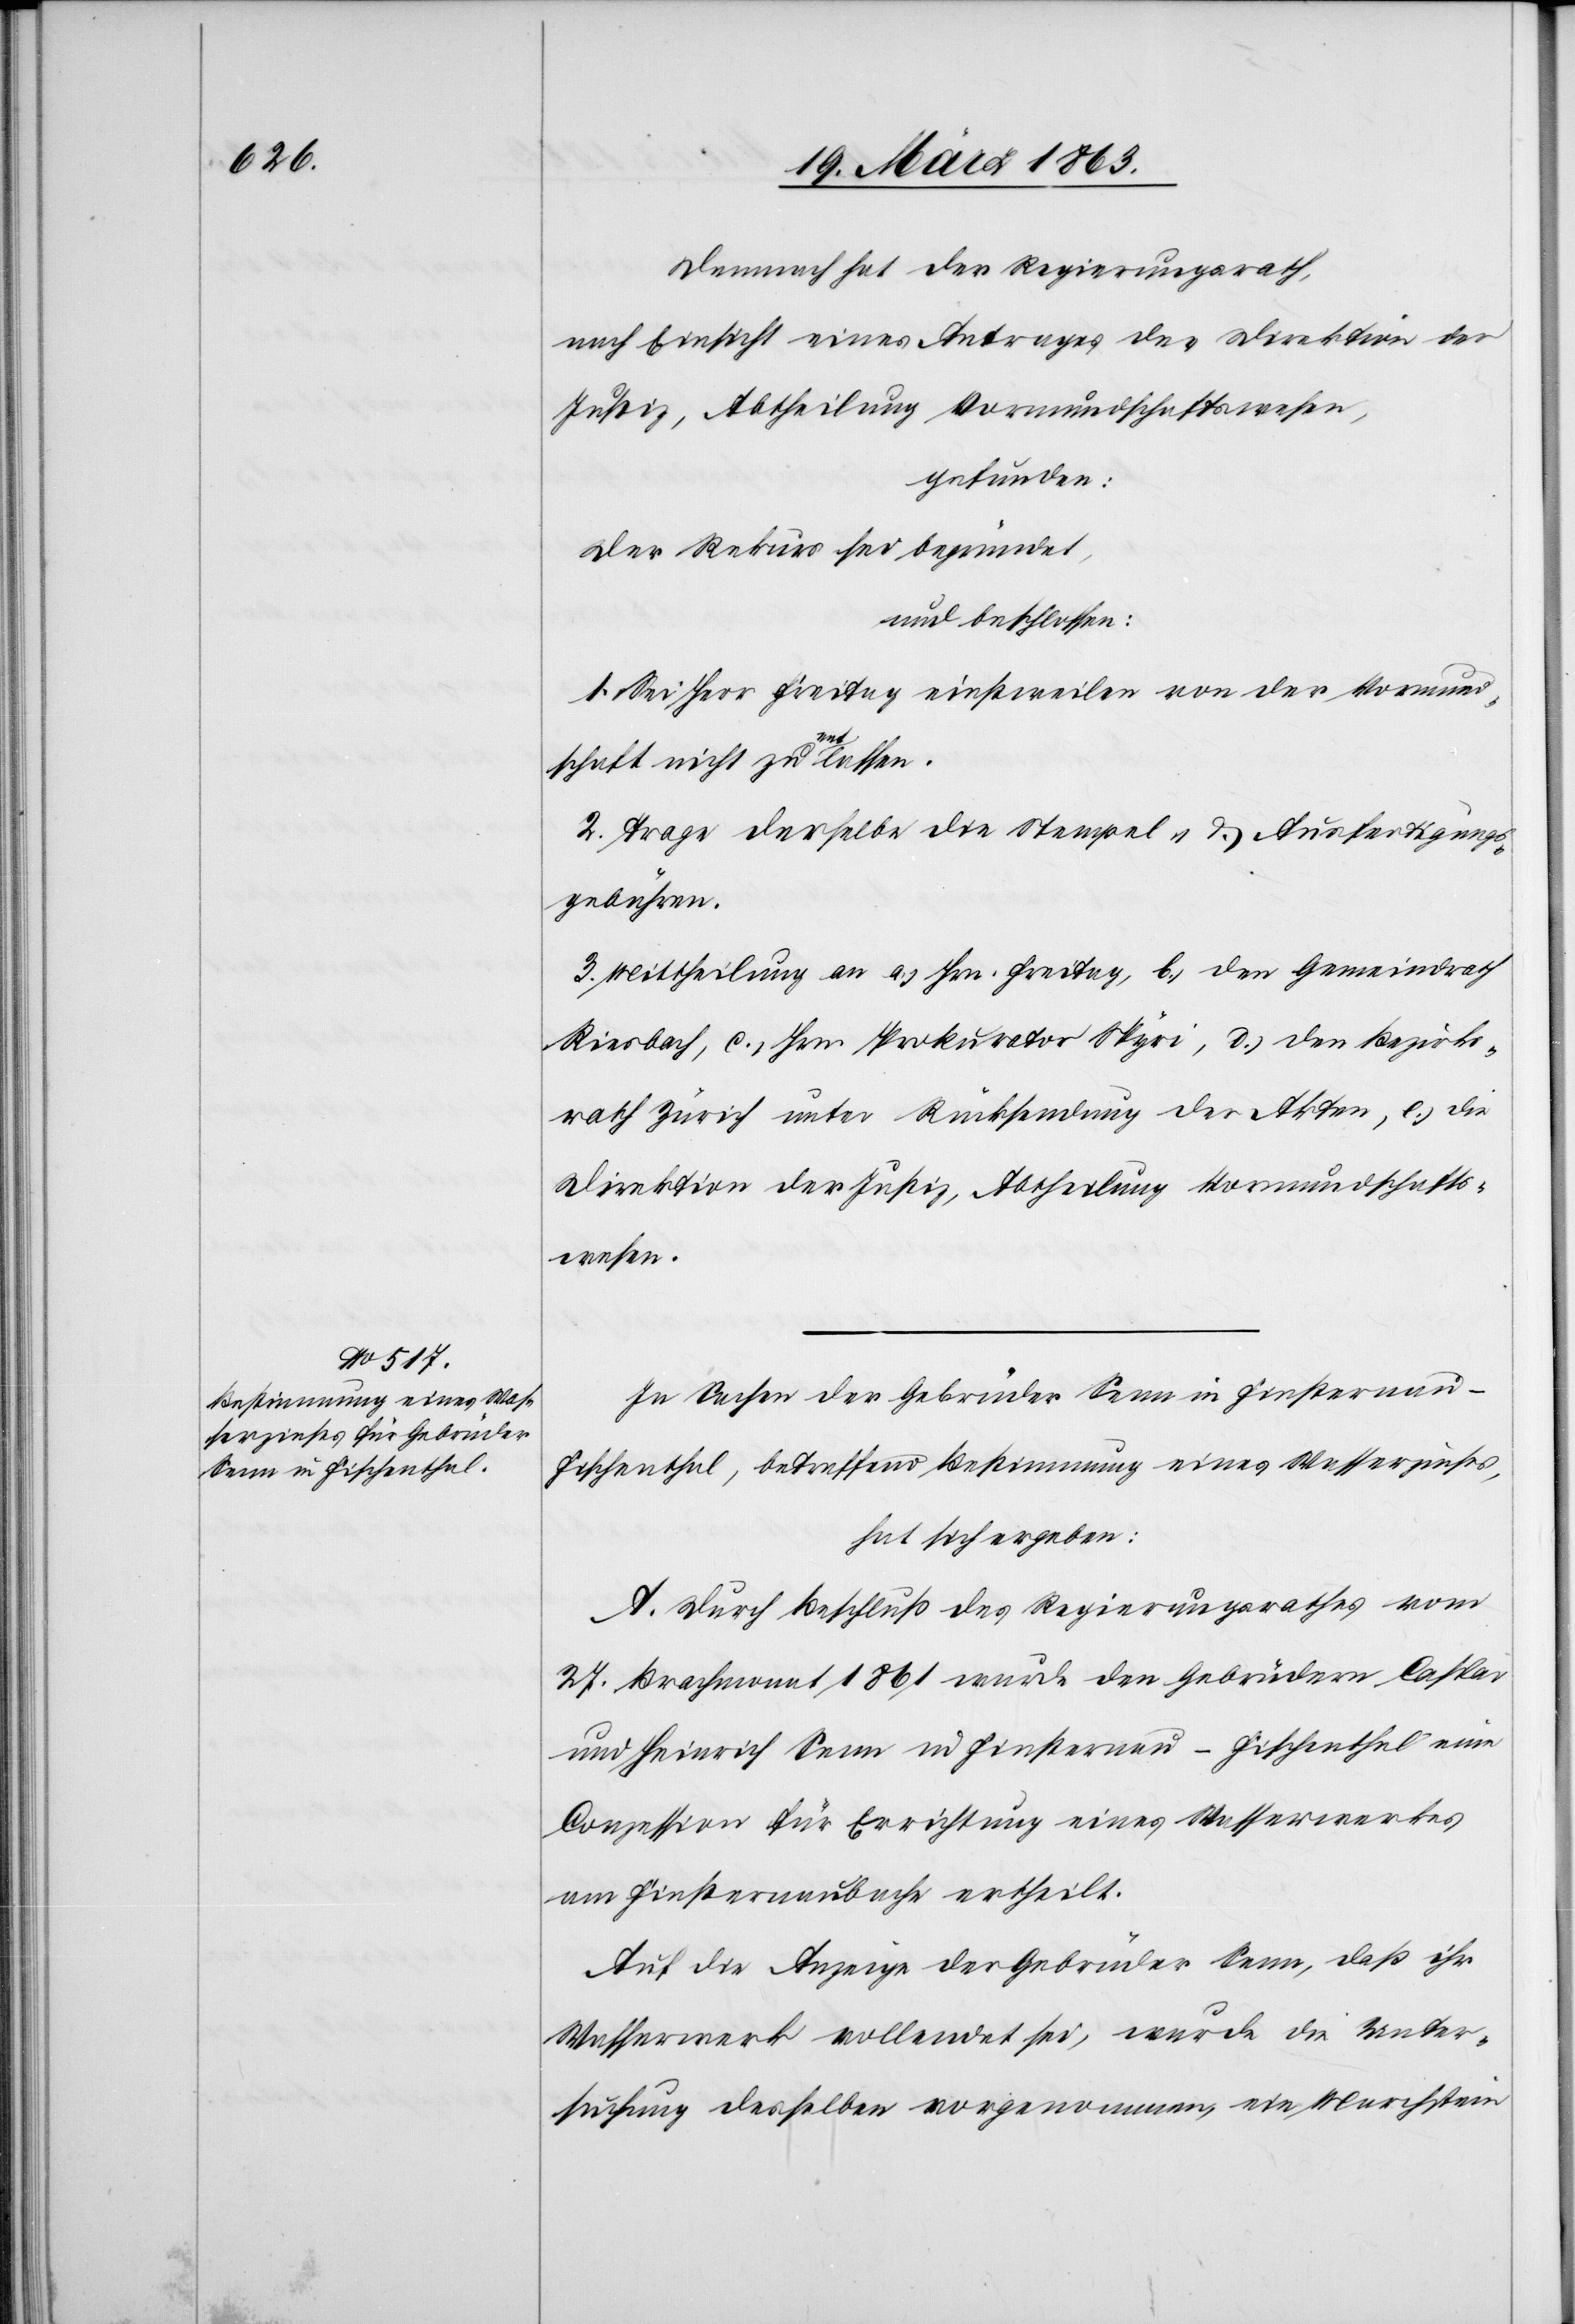
Demnach hat der Regierungsrath,
nach Einsicht eines Antrages der Direktion der
Justiz, Abtheilung Vormundschaftswesen,
gefunden:
Der Rekurs sei begründet,
und beschlossen:
1. Sei Herr Freitag einstweilen von der Vormund¬
schaft nicht zu entlassen.
2. Trage derselbe die Stempel- & Ausfertigungs¬
gebühren.
3. Mittheilung an a.) Hrn. Freitag, b.) den Gemeindrath
Riesbach, c.) Hrn. Prokurator Spyri, d.) den Bezirks¬
rath Zürich unter Rücksendung der Akten, e.) die
Direktion der Justiz, Abtheilung Vormundschafts¬
wesen.
In Sachen der Gebrüder Senn in Finsternau –
Fischenthal, betreffend Bestimmung eines Wasserzinses,
hat sich ergeben:
A. Durch Beschluß des Regierungsrathes vom
27. Brachmonat 1861 wurde den Gebrüdern Caspar
und Heinrich Senn in Finsternau – Fischenthal eine
Conzession für Errichtung eines Wasserwerkes
am Finsternaubache ertheilt.
Auf die Anzeige der Gebrüder Senn, daß ihr
Wasserwerk vollendet sei, wurde die Unter¬
suchung desselben vorgenommen, ein Marchstein